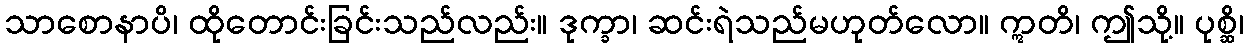
သာစောနာပိ၊ ထိုတောင်းခြင်းသည်လည်း။ ဒုက္ခာ၊ ဆင်းရဲသည်မဟုတ်လော။ ဣတိ၊ ဤသို့။ ပုစ္ဆိ၊